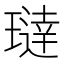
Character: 𬎍